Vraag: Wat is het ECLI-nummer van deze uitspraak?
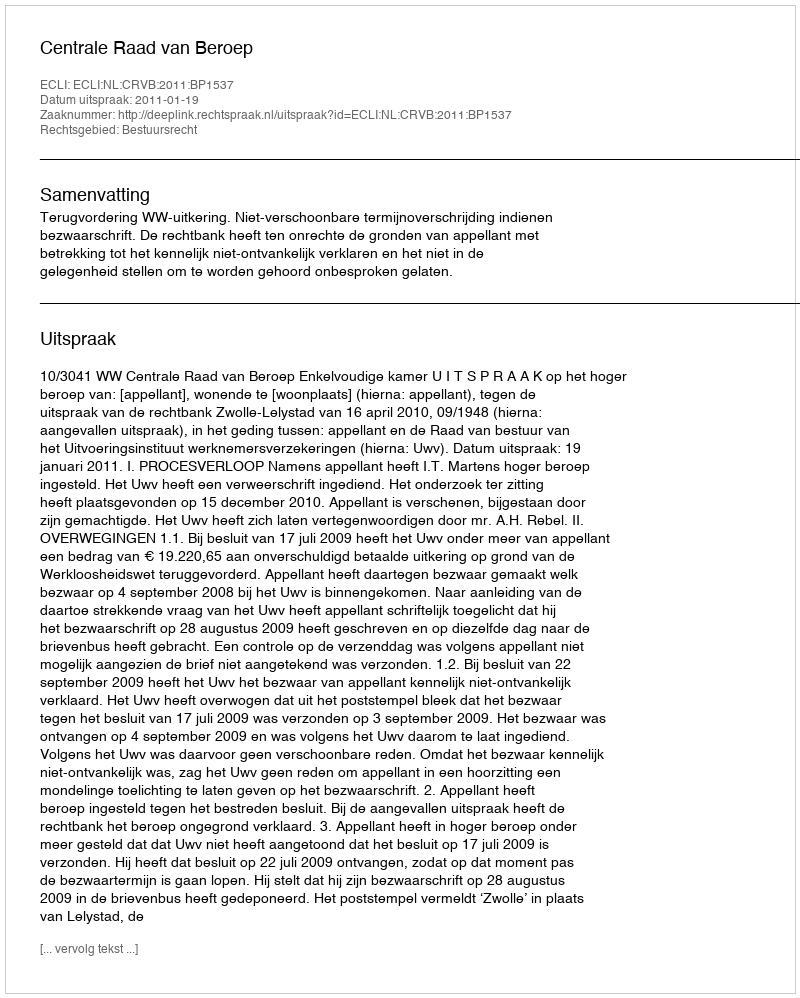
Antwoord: ECLI:NL:CRVB:2011:BP1537